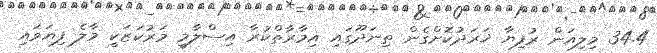
34.4 މިލިއަން ރުފިޔާ ޚަރަދުކޮށްގެން ތިނަދޫގައި އިމާރާތްކުރާ އިސްލާމީ މަރުކަޒަކީ މާލެ ފިޔަވައި